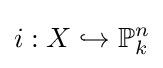
i:X\hookrightarrow \mathbb {P} _{k}^{n}